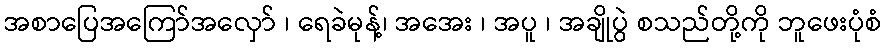
အစာပြေအကြော်အလှော် ၊ ရေခဲမုန့်၊ အအေး ၊ အပူ ၊ အချိုပွဲ စသည်တို့ကို ဘူဖေးပုံစံ